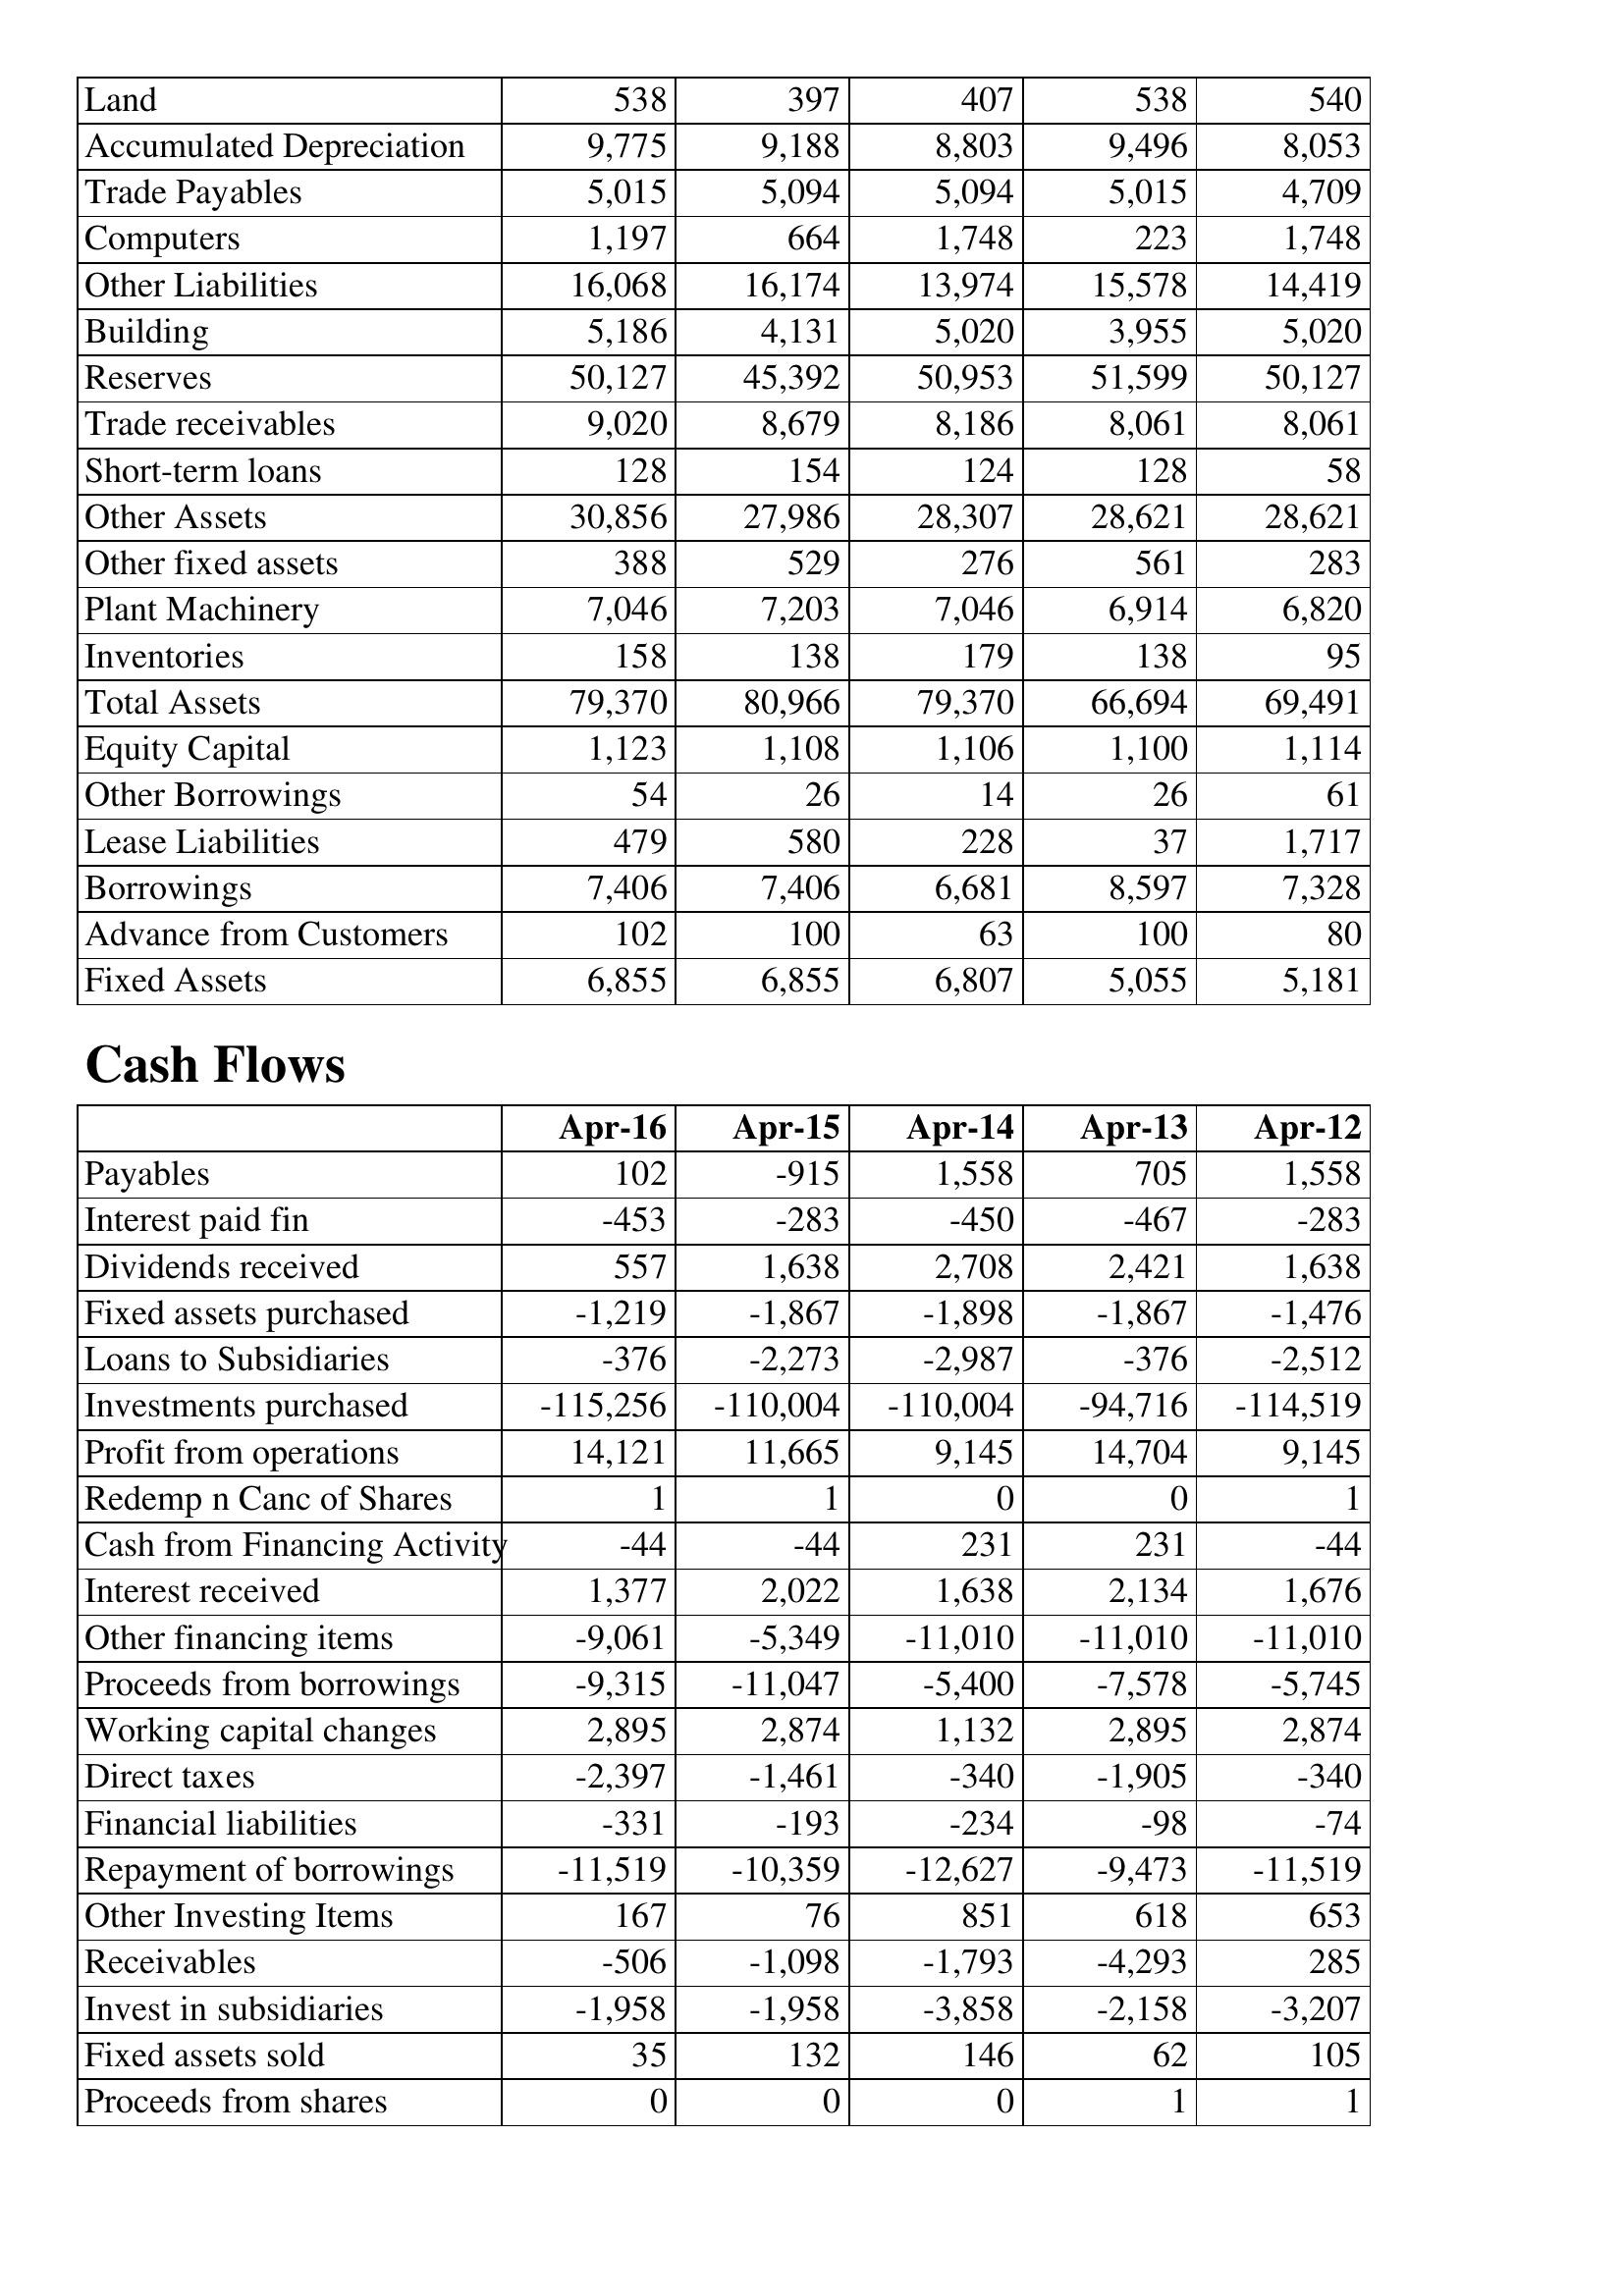
Apr-16: Balance Sheet: Land: 538
Accumulated Depreciation: 9,775
Trade Payables: 5,015
Computers: 1,197
Other Liabilities: 16,068
Building: 5,186
Reserves: 50,127
Trade receivables: 9,020
Short-term loans: 128
Other Assets: 30,856
Other fixed assets: 388
Plant Machinery: 7,046
Inventories: 158
Total Assets: 79,370
Equity Capital: 1,123
Other Borrowings: 54
Lease Liabilities: 479
Borrowings: 7,406
Advance from Customers: 102
Fixed Assets: 6,855
Cash Flows: Payables: 102
Interest paid fin: -453
Dividends received: 557
Fixed assets purchased: -1,219
Loans to Subsidiaries: -376
Investments purchased: -115,256
Profit from operations: 14,121
Redemp n Canc of Shares: 1
Cash from Financing Activity: -44
Interest received: 1,377
Other financing items: -9,061
Proceeds from borrowings: -9,315
Working capital changes: 2,895
Direct taxes: -2,397
Financial liabilities: -331
Repayment of borrowings: -11,519
Other Investing Items: 167
Receivables: -506
Invest in subsidiaries: -1,958
Fixed assets sold: 35
Proceeds from shares: 0
Apr-15: Balance Sheet: Land: 397
Accumulated Depreciation: 9,188
Trade Payables: 5,094
Computers: 664
Other Liabilities: 16,174
Building: 4,131
Reserves: 45,392
Trade receivables: 8,679
Short-term loans: 154
Other Assets: 27,986
Other fixed assets: 529
Plant Machinery: 7,203
Inventories: 138
Total Assets: 80,966
Equity Capital: 1,108
Other Borrowings: 26
Lease Liabilities: 580
Borrowings: 7,406
Advance from Customers: 100
Fixed Assets: 6,855
Cash Flows: Payables: -915
Interest paid fin: -283
Dividends received: 1,638
Fixed assets purchased: -1,867
Loans to Subsidiaries: -2,273
Investments purchased: -110,004
Profit from operations: 11,665
Redemp n Canc of Shares: 1
Cash from Financing Activity: -44
Interest received: 2,022
Other financing items: -5,349
Proceeds from borrowings: -11,047
Working capital changes: 2,874
Direct taxes: -1,461
Financial liabilities: -193
Repayment of borrowings: -10,359
Other Investing Items: 76
Receivables: -1,098
Invest in subsidiaries: -1,958
Fixed assets sold: 132
Proceeds from shares: 0
Apr-14: Balance Sheet: Land: 407
Accumulated Depreciation: 8,803
Trade Payables: 5,094
Computers: 1,748
Other Liabilities: 13,974
Building: 5,020
Reserves: 50,953
Trade receivables: 8,186
Short-term loans: 124
Other Assets: 28,307
Other fixed assets: 276
Plant Machinery: 7,046
Inventories: 179
Total Assets: 79,370
Equity Capital: 1,106
Other Borrowings: 14
Lease Liabilities: 228
Borrowings: 6,681
Advance from Customers: 63
Fixed Assets: 6,807
Cash Flows: Payables: 1,558
Interest paid fin: -450
Dividends received: 2,708
Fixed assets purchased: -1,898
Loans to Subsidiaries: -2,987
Investments purchased: -110,004
Profit from operations: 9,145
Redemp n Canc of Shares: 0
Cash from Financing Activity: 231
Interest received: 1,638
Other financing items: -11,010
Proceeds from borrowings: -5,400
Working capital changes: 1,132
Direct taxes: -340
Financial liabilities: -234
Repayment of borrowings: -12,627
Other Investing Items: 851
Receivables: -1,793
Invest in subsidiaries: -3,858
Fixed assets sold: 146
Proceeds from shares: 0
Apr-13: Balance Sheet: Land: 538
Accumulated Depreciation: 9,496
Trade Payables: 5,015
Computers: 223
Other Liabilities: 15,578
Building: 3,955
Reserves: 51,599
Trade receivables: 8,061
Short-term loans: 128
Other Assets: 28,621
Other fixed assets: 561
Plant Machinery: 6,914
Inventories: 138
Total Assets: 66,694
Equity Capital: 1,100
Other Borrowings: 26
Lease Liabilities: 37
Borrowings: 8,597
Advance from Customers: 100
Fixed Assets: 5,055
Cash Flows: Payables: 705
Interest paid fin: -467
Dividends received: 2,421
Fixed assets purchased: -1,867
Loans to Subsidiaries: -376
Investments purchased: -94,716
Profit from operations: 14,704
Redemp n Canc of Shares: 0
Cash from Financing Activity: 231
Interest received: 2,134
Other financing items: -11,010
Proceeds from borrowings: -7,578
Working capital changes: 2,895
Direct taxes: -1,905
Financial liabilities: -98
Repayment of borrowings: -9,473
Other Investing Items: 618
Receivables: -4,293
Invest in subsidiaries: -2,158
Fixed assets sold: 62
Proceeds from shares: 1
Apr-12: Balance Sheet: Land: 540
Accumulated Depreciation: 8,053
Trade Payables: 4,709
Computers: 1,748
Other Liabilities: 14,419
Building: 5,020
Reserves: 50,127
Trade receivables: 8,061
Short-term loans: 58
Other Assets: 28,621
Other fixed assets: 283
Plant Machinery: 6,820
Inventories: 95
Total Assets: 69,491
Equity Capital: 1,114
Other Borrowings: 61
Lease Liabilities: 1,717
Borrowings: 7,328
Advance from Customers: 80
Fixed Assets: 5,181
Cash Flows: Payables: 1,558
Interest paid fin: -283
Dividends received: 1,638
Fixed assets purchased: -1,476
Loans to Subsidiaries: -2,512
Investments purchased: -114,519
Profit from operations: 9,145
Redemp n Canc of Shares: 1
Cash from Financing Activity: -44
Interest received: 1,676
Other financing items: -11,010
Proceeds from borrowings: -5,745
Working capital changes: 2,874
Direct taxes: -340
Financial liabilities: -74
Repayment of borrowings: -11,519
Other Investing Items: 653
Receivables: 285
Invest in subsidiaries: -3,207
Fixed assets sold: 105
Proceeds from shares: 1